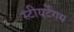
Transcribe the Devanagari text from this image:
स्टीयर्टेगम